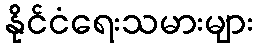
နိုင်ငံရေးသမားများ